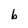
Character: b